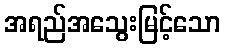
အရည်အသွေးမြင့်သော